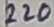
Text: 220